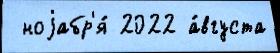
 ноjабр'я́ 2022 а́вгуста